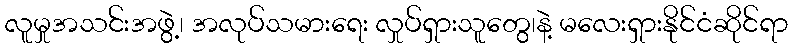
လူမှုအသင်းအဖွဲ့၊ အလုပ်သမားရေး လှုပ်ရှားသူတွေ၊နဲ့ မလေးရှားနိုင်ငံဆိုင်ရာ